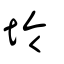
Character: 坽